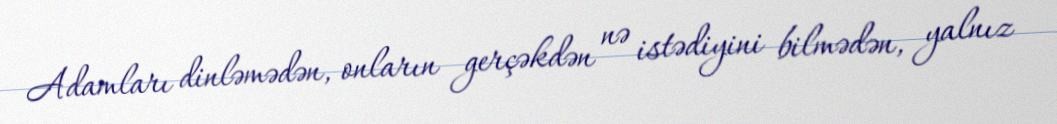
Adamları dinləmədən, onların gerçəkdən nə istədiyini bilmədən, yalnız